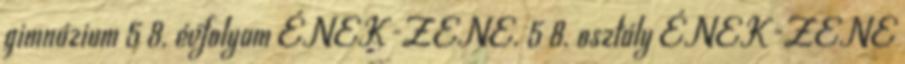
gimnázium 5 8. évfolyam ÉNEK-ZENE. 5 8. osztály ÉNEK-ZENE